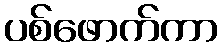
ပစ်ဖောက်ကာ